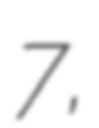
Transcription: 7,